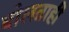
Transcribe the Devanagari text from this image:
बोलताही